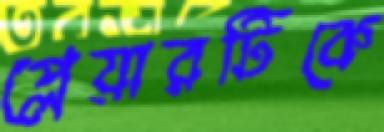
প্লেয়ারটিকে